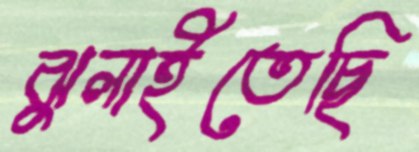
ঝুলাইতেছি